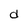
Character: d